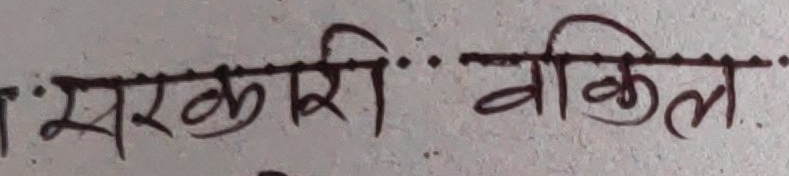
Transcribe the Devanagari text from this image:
सरकारी वकील